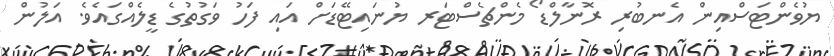
ޔުވެންޓަސްއިން އެނބުރި ރޮނާލްޑޯ މެންޗެސްޓަރ ޔުނައިޓޭޑަށް އައި ފަހު ވަގުތުގެ ޑީލެއްގައެވެ. އަލުން